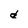
Character: d